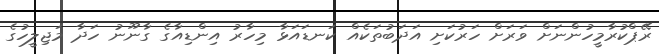
ރޭޕްކުރާމީހުންނަށް ވަރަށް ހަރުކަށި އަދަބުތަކެއް ކަނޑައަޅާ މިހާރު އިންޑިއާގެ ގާނޫނު ހަދާ މަޖިލީހުގެ